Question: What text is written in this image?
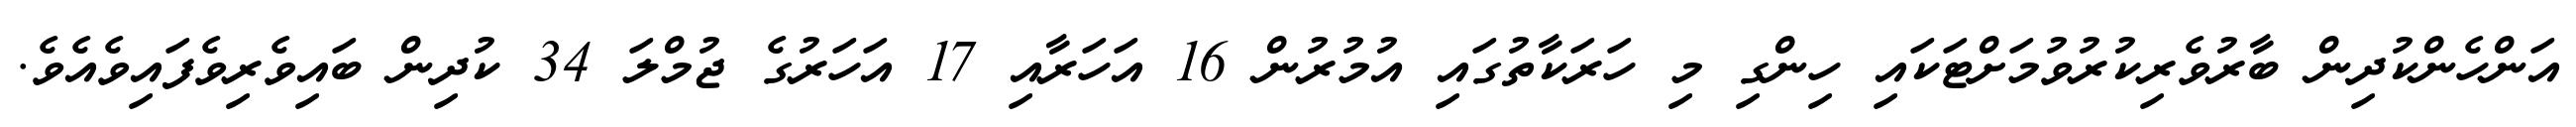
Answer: އަންހެންކުދިން ބާރުވެރިކުރުވުމަށްޓަކައި ހިންގި މި ހަރަކާތުގައި އުމުރުން 16 އަހަރާއި 17 އަހަރުގެ ޖުމްލަ 34 ކުދިން ބައިވެރިވެފައިވެއެވެ.